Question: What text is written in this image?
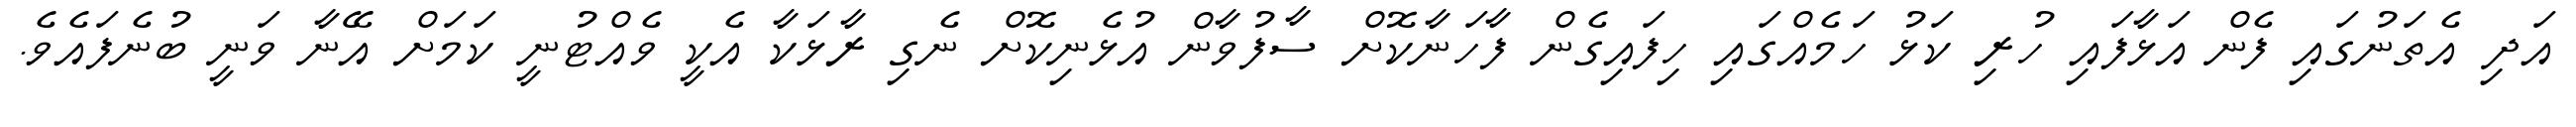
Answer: އަދި އެތަނުގައި ފެން އަޅާފައި ހުރި ކަޅު ހަމެއްގައި ހިފައިގެން ފާހަނާކޮށް ސާފުވާން އުޅެނިކޮށް ނެގި ރާޅަކާ އެކީ ވެއްޓުނީ ކަމަށް އޭނާ ވަނީ ބުނެފައެވެ.